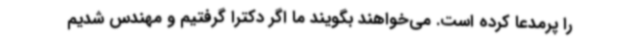
را پرمدعا کرده است. می‌خواهند بگویند ما اگر دکترا گرفتیم و مهندس شدیم